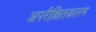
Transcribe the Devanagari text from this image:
अपरीक्षितकारम